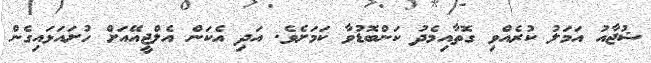
ޝުޖާއު އަމަލު ކުރެއްވި ގޮތާއިމެދު ކަންބޮޑުވާ ކަމަށެވެ. އަދި އެކަން އެލްޖީއޭއަށް ހުށައަޅައިގެން